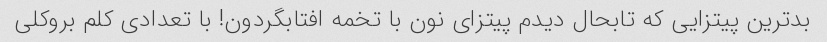
بدترین پیتزایی که تابحال دیدم پیتزای نون با تخمه افتابگردون! با تعدادی کلم بروکلی